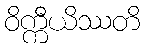
ဝိက္ကီယိဿတိ